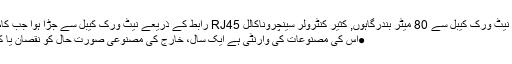
●2 کے درمیان نیٹ ورک کیبل سے 80 میٹر بندرگاہوں, کثیر کنٹرولر سینچروناکالل RJ45 رابط کے ذریعے نیٹ ورک کیبل سے جڑا ہوا جب کام کر سکتے ہیں.
●اس کی مصنوعات کی وارنٹی ہے ایک سال، خارج کی مصنوعی صورت حال کو نقصان یا کام کا بوجھ ہے ۔